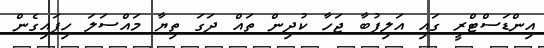
އިންޑަސްޓްރީ ގައި އަލިފުބާ ޖަހާ ކުދިން ތައް ދަގަ ތިޔާ މައްސަލަ ހިފައިގެން